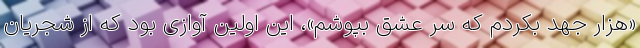
«هزار جهد بکردم که سر عشق بپوشم»، این اولین آوازی بود که از شجریانِ